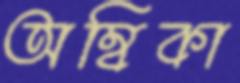
অম্বিকা